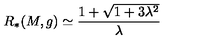
R _ { * } ( M , g ) \simeq \frac { 1 + \sqrt { 1 + 3 \lambda ^ { 2 } } } { \lambda }